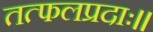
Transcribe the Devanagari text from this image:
तत्फलप्रदाः।।